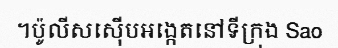
។ប៉ូលីសស៊ើបអង្កេតនៅទីក្រុង Sao